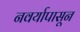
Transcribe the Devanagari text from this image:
नवर्यापासून